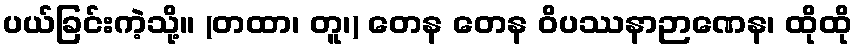
ပယ်ခြင်းကဲ့သို့။ (တထာ၊ တူ၊) တေန တေန ဝိပဿနာဉာဏေန၊ ထိုထို